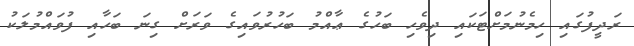
ރަދީފުގައި ހިމެނުމަށްޓަކައި ދިވެހި ބަހުގެ ޢާއްމު ބަހުރުވައިގެ ވަރަށް ގިނަ ބަހާއި ފުވައްމުލަކު